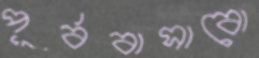
পূর্ববাসাবো